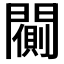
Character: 𨶨